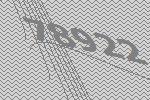
78922